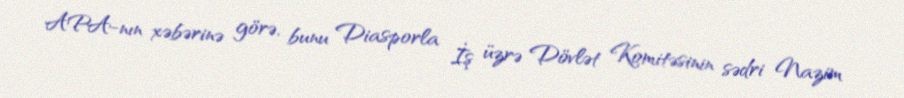
APA-nın xəbərinə görə, bunu Diasporla İş üzrə Dövlət Komitəsinin sədri Nazim